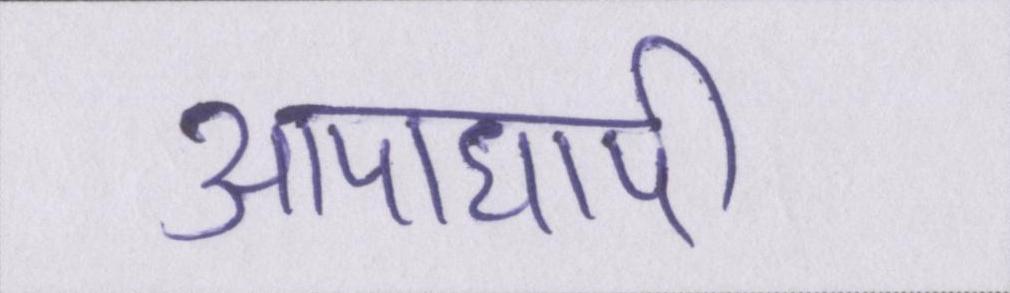
आपाधापी